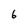
Character: 6